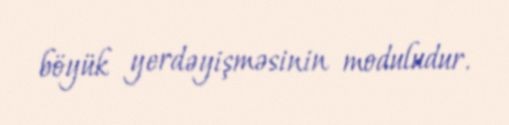
böyük yerdəyişməsinin moduludur.